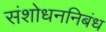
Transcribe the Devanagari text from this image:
संशोधननिबंध